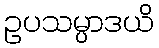
ဥပသမ္ပာဒယိ